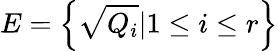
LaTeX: E=\left\{ {\sqrt{Q_{i}}}|1\leq i\leq r\right\}